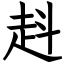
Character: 𧺯